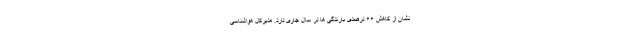
نشان از کاهش ۶۶ درصدی بارندگی ها در سال جاری دارد. مدیرکل هواشناسی